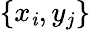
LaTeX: \{ x_{\mathit{i}},y_{j}\}